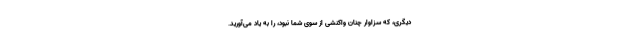
دیگری، که سزاوار چنان واکنشی از سوی شما نبود، را به یاد می‌آورید.